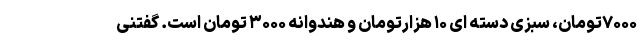
۷۰۰۰تومان، سبزی دسته ای ۱۰ هزارتومان و هندوانه ۳۰۰۰ تومان است. گفتنی